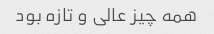
همه چیز عالی و تازه بود